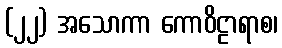
(၂၂) အသောကာ ကောဝိဠာရာစ၊